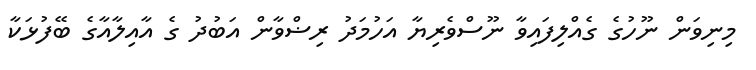
މިނިވަން ނޫހުގެ ގެއްލިފައިވާ ނޫސްވެރިޔާ އަހުމަދު ރިޟްވާން އަބުދު ގެ އާއިލާއާގެ ބޭފުޅަކާ